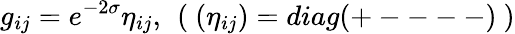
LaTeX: g_{ij}=e^{-2\sigma}\eta_{ij},~\left(~(\eta_{ij})=diag(+----)~\right)